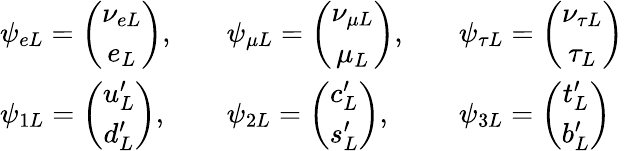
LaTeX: \begin{array}{lll}{{\psi_{eL}=\left(\begin{array}{c}{{\nu_{eL}}}\\ {{e_{L}}}\end{array}\right),\quad}}&{{\psi_{\mu L}=\left(\begin{array}{c}{{\nu_{\mu L}}}\\ {{\mu_{L}}}\end{array}\right),\quad}}&{{\psi_{\tau L}=\left(\begin{array}{c}{{\nu_{\tau L}}}\\ {{\tau_{L}}}\end{array}\right)}}\\ {{\psi_{1L}=\left(\begin{array}{c}{{u_{L}^{\prime}}}\\ {{d_{L}^{\prime}}}\end{array}\right),\quad}}&{{\psi_{2L}=\left(\begin{array}{c}{{c_{L}^{\prime}}}\\ {{s_{L}^{\prime}}}\end{array}\right),\quad}}&{{\psi_{3L}=\left(\begin{array}{c}{{t_{L}^{\prime}}}\\ {{b_{L}^{\prime}}}\end{array}\right)}}\end{array}